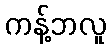
ကန့်ဘလူ